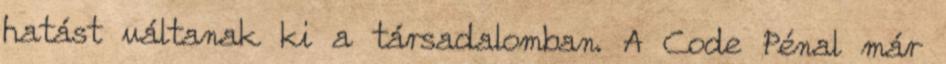
hatást váltanak ki a társadalomban. A Code Pénal már